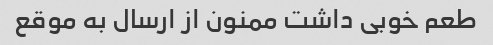
طعم خوبی داشت ممنون از ارسال به موقع